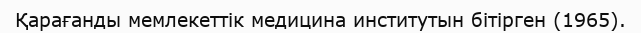
Қарағанды мемлекеттік медицина институтын бітірген (1965).